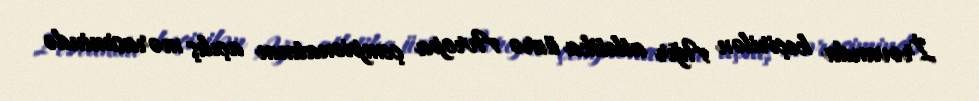
İrəvanda keçirilən Ağır atletika üzrə Avropa çempionatının açılış mərasimində